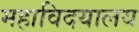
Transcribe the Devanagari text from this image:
महाविदयालय